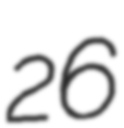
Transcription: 26